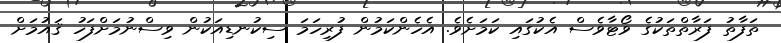
ތަފާތު ފަރާތްތަކުގެ ވޯޓާވެސް އެކުގައި ކަމަށެވެ. އެހެންކަމުން ފުރިހަމަ ސިކުނޑިއަކުން ވިސްނުމަށްފަހު ޤައުމަށް